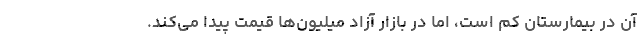
آن در بیمارستان کم است، اما در بازار آزاد میلیون‌ها قیمت پیدا می‌کند.